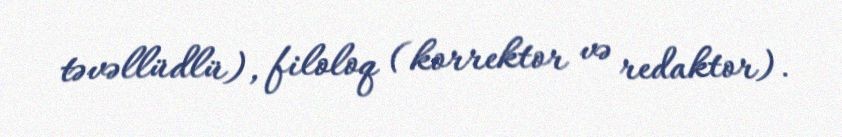
təvəllüdlü), filoloq (korrektor və redaktor).